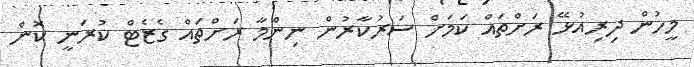
މީހުން ދިރިއުޅޭ ރަށްތައް ކަމަށް ސަރުކާރުން ނިންމާ ރަށްތައް ގެޒެޓް ކުރަނީ ކޮން